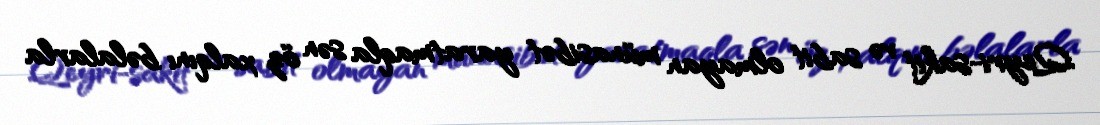
Qeyri-sakit və sabit olmayan münasibət yaratmaqla sən öz xalqını bəlalarla